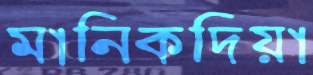
মানিকদিয়া